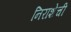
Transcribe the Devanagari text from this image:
निराशेची